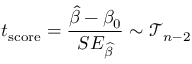
t _ { \mathrm { s c o r e } } = { \frac { { \widehat { \beta } } - \beta _ { 0 } } { S E _ { \widehat { \beta } } } } \sim { \mathcal { T } } _ { n - 2 }